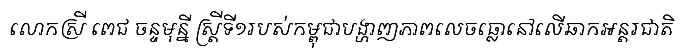
លោកស្រី ពេជ ចន្ទមុន្នី ស្ត្រីទី១របស់កម្ពុជាបង្ហាញភាពលេចធ្លោនៅលើឆាកអន្តរជាតិ